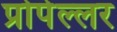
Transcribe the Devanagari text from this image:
प्रोपेल्लर